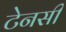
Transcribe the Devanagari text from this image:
टेनसी